Indian journal of veterinary science and animal husbandry - Volume 3,
Year: 1933
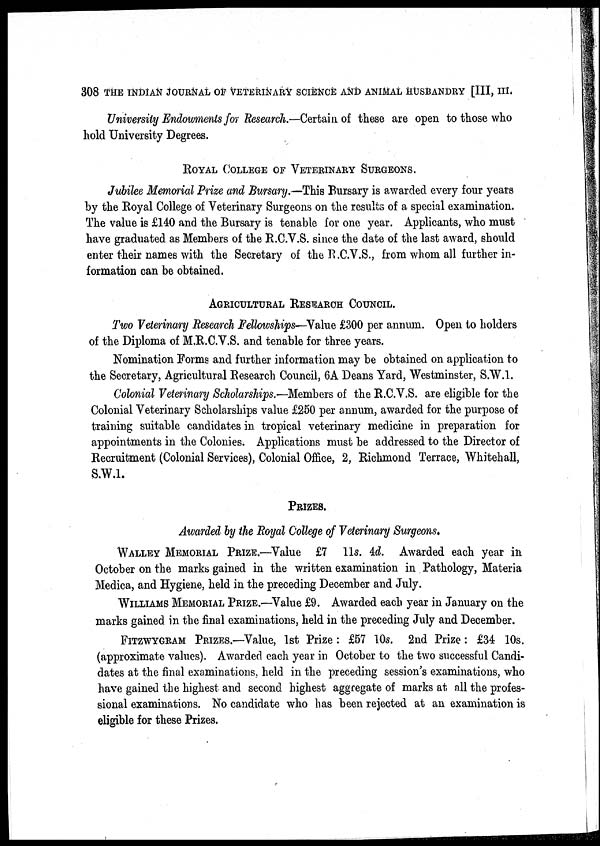
308 THE INDIAN JOURNAL OF VETERINARY SCIENCE AND ANIMAL HUSBANDRY [III, III.
University Endowments for Research.—Certain of these are open to those who
hold University Degrees.
ROYAL COLLEGE OF VETERINARY SURGEONS.
Jubilee Memorial Prize and Bursary.—This Bursary is awarded every four years
by the Royal College of Veterinary Surgeons on the results of a special examination.
The value is £140 and the Bursary is tenable for one year. Applicants, who must
have graduated as Members of the R.C.V.S. since the date of the last award, should
enter their names with the Secretary of the R.C.V.S., from whom all further in-
formation can be obtained.
AGRICULTURAL RESEARCH COUNCIL.
Two Veterinary Research Fellowships—Value £300 per annum. Open to holders
of the Diploma of M.R.C.V.S. and tenable for three years.
Nomination Forms and further information may be obtained on application to
the Secretary, Agricultural Research Council, 6A Deans Yard, Westminster, S.W.l.
Colonial Veterinary Scholarships.—Members of the R.C.V.S. are eligible for the
Colonial Veterinary Scholarships value £250 per annum, awarded for the purpose of
training suitable candidates in tropical veterinary medicine in preparation for
appointments in the Colonies. Applications must be addressed to the Director of
Recruitment (Colonial Services), Colonial Office, 2, Richmond Terrace, Whitehall,
S.W.1.
PRIZES.
Awarded by the Royal College of Veterinary Surgeons.
WALLEY MEMORIAL PRIZE.—Value £7 11s. 4d. Awarded each year in
October on the marks gained in the written examination in Pathology, Materia
Medica, and Hygiene, held in the preceding December and July.
WILLIAMS MEMORIAL PRIZE.—Value £9. Awarded each year in January on the
marks gained in the final examinations, held in the preceding July and December.
FITZWYGRAM PRIZES.—Value, 1st Prize : £57 10s. 2nd Prize: £34 10s.
(approximate values). Awarded each year in October to the two successful Candi-
dates at the final examinations., held in the preceding session's examinations, who
have gained the highest and second highest aggregate of marks at all the profes-
sional examinations. No candidate who has been rejected at an examination is
eligible for these Prizes.